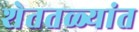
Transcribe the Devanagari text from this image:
शेततळ्यांत